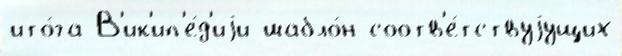
ито́га В'ик'ип'е́д'иjи шабло́н соотв'е́тствуjущих